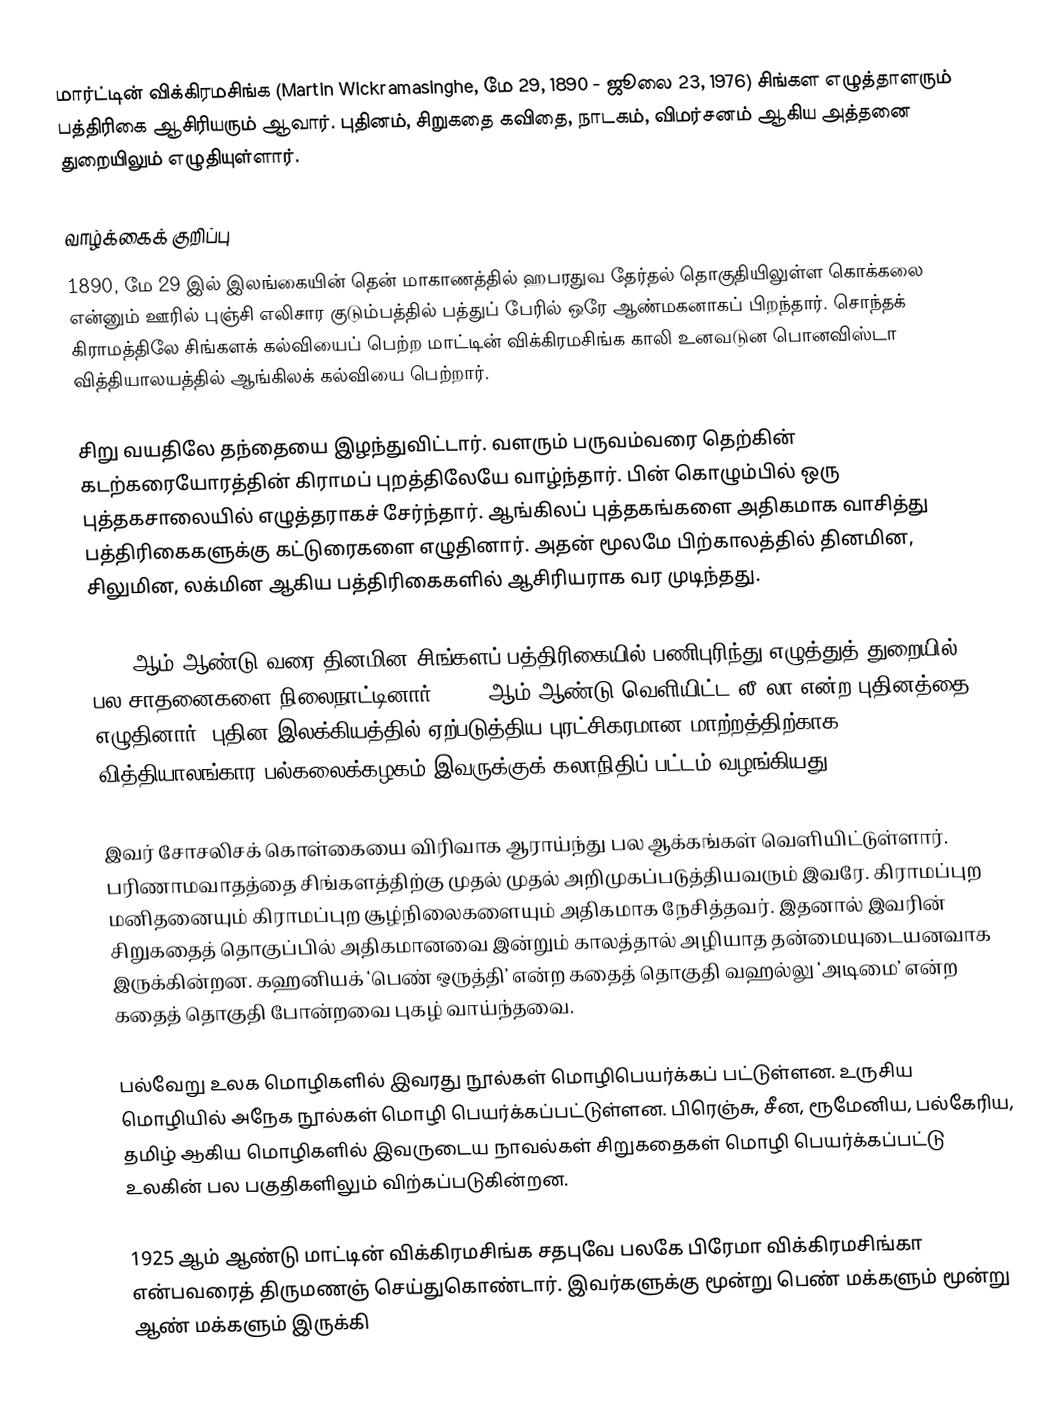
மார்ட்டின் விக்கிரமசிங்க (Martin Wickramasinghe, மே 29, 1890 - ஜூலை 23, 1976) சிங்கள எழுத்தாளரும் பத்திரிகை ஆசிரியரும் ஆவார். புதினம், சிறுகதை கவிதை, நாடகம், விமர்சனம் ஆகிய அத்தனை துறையிலும் எழுதியுள்ளார்.

வாழ்க்கைக் குறிப்பு
1890, மே 29 இல் இலங்கையின் தென் மாகாணத்தில் ஹபரதுவ தேர்தல் தொகுதியிலுள்ள கொக்கலை என்னும் ஊரில் புஞ்சி எலிசார குடும்பத்தில் பத்துப் பேரில் ஒரே ஆண்மகனாகப் பிறந்தார். சொந்தக் கிராமத்திலே சிங்களக் கல்வியைப் பெற்ற மாட்டின் விக்கிரமசிங்க காலி உனவடுன பொனவிஸ்டா வித்தியாலயத்தில் ஆங்கிலக் கல்வியை பெற்றார்.

சிறு வயதிலே தந்தையை இழந்துவிட்டார். வளரும் பருவம்வரை தெற்கின் கடற்கரையோரத்தின் கிராமப் புறத்திலேயே வாழ்ந்தார். பின் கொழும்பில் ஒரு புத்தகசாலையில் எழுத்தராகச் சேர்ந்தார். ஆங்கிலப் புத்தகங்களை அதிகமாக வாசித்து பத்திரிகைகளுக்கு கட்டுரைகளை எழுதினார். அதன் மூலமே பிற்காலத்தில் தினமின, சிலுமின, லக்மின ஆகிய பத்திரிகைகளில் ஆசிரியராக வர முடிந்தது.

1946 ஆம் ஆண்டு வரை தினமின சிங்களப் பத்திரிகையில் பணிபுரிந்து எழுத்துத் துறையில் பல சாதனைகளை நிலைநாட்டினார். 1914 ஆம் ஆண்டு வெளியிட்ட லீ லா என்ற புதினத்தை எழுதினார். புதின இலக்கியத்தில் ஏற்படுத்திய புரட்சிகரமான மாற்றத்திற்காக வித்தியாலங்கார பல்கலைக்கழகம் இவருக்குக் கலாநிதிப் பட்டம் வழங்கியது.

இவர் சோசலிசக் கொள்கையை விரிவாக ஆராய்ந்து பல ஆக்கங்கள் வெளியிட்டுள்ளார். பரிணாமவாதத்தை சிங்களத்திற்கு முதல் முதல் அறிமுகப்படுத்தியவரும் இவரே. கிராமப்புற மனிதனையும் கிராமப்புற சூழ்நிலைகளையும் அதிகமாக நேசித்தவர். இதனால் இவரின் சிறுகதைத் தொகுப்பில் அதிகமானவை இன்றும் காலத்தால் அழியாத தன்மையுடையனவாக இருக்கின்றன. கஹனியக் ‘பெண் ஒருத்தி’ என்ற கதைத் தொகுதி வஹல்லு ‘அடிமை’ என்ற கதைத் தொகுதி போன்றவை புகழ் வாய்ந்தவை.

பல்வேறு உலக மொழிகளில் இவரது நூல்கள் மொழிபெயர்க்கப் பட்டுள்ளன. உருசிய மொழியில் அநேக நூல்கள் மொழி பெயர்க்கப்பட்டுள்ளன. பிரெஞ்சு, சீன, ரூமேனிய, பல்கேரிய, தமிழ் ஆகிய மொழிகளில் இவருடைய நாவல்கள் சிறுகதைகள் மொழி பெயர்க்கப்பட்டு உலகின் பல பகுதிகளிலும் விற்கப்படுகின்றன.

1925 ஆம் ஆண்டு மாட்டின் விக்கிரமசிங்க சதபுவே பலகே பிரேமா விக்கிரமசிங்கா என்பவரைத் திருமணஞ் செய்துகொண்டார். இவர்களுக்கு மூன்று பெண் மக்களும் மூன்று ஆண் மக்களும் இருக்கி